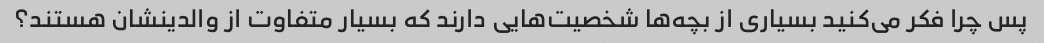
پس چرا فکر می‌کنید بسیاری از بچه‌ها شخصیت‌هایی دارند که بسیار متفاوت از والدینشان هستند؟